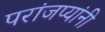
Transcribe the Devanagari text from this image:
परांजप्यांनी